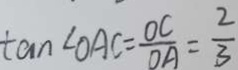
\tan \angle O A C = \frac { O C } { O A } = \frac { 2 } { 3 }